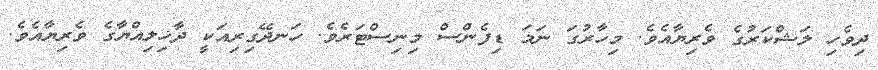
ދިވެހި ލަޝްކަރުގެ ވެރިޔާއެވެ. މިހާރުގަ ނަމަ ޑިފެންސް މިނިސްޓަރެވެ. ހަނދޭގިރިއަކީ ދާޚިލިއްޔާގެ ވެރިޔާއެވެ.